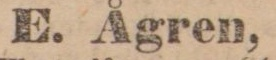
E. Ågren,